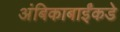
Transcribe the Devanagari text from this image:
अंबिकाबाईंकडे